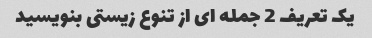
یک تعریف 2 جمله ای از تنوع زیستی بنویسید